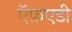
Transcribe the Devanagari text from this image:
ऍफ़एडी